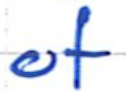
Text: of
Cross-out: clean
Writing tool: ballpoint